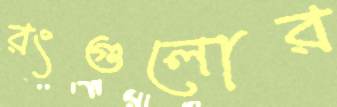
রংগুলোর